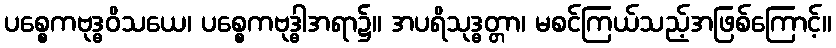
ပစ္စေကဗုဒ္ဓဝိသယေ၊ ပစ္စေကဗုဒ္ဓါအရာ၌။ အပရိသုဒ္ဓတ္တာ၊ မစင်ကြယ်သည့်အဖြစ်ကြောင့်။